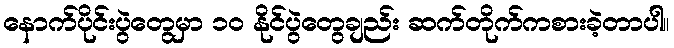
နောက်ပိုင်းပွဲတွေမှာ ၁၀ နိုင်ပွဲတွေချည်း ဆက်တိုက်ကစားခဲ့တာပါ။